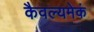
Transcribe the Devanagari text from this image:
कैवल्यमेकं